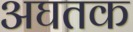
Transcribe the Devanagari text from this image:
अघतक